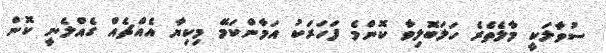
ސުވާލަކީ މާލެތެރެ ހަލަބޮލިވާ ކޮންމެ ފަހަރަކު އަމާންކަމޭ މިކިޔާ އެއްޗެއް ގެއްލެނީ ކޮން